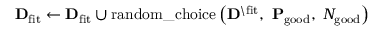
\mathbf { D } _ { \mathrm { f i t } } \leftarrow \mathbf { D } _ { \mathrm { f i t } } \cup \mathrm { r a n d o m { \_ } c h o i c e } \left( \mathbf { D } ^ { \backslash \mathrm { f i t } } , \ \mathbf { P } _ { \mathrm { g o o d } } , \ N _ { \mathrm { g o o d } } \right)